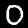
Label: 0